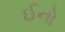
ઈનો